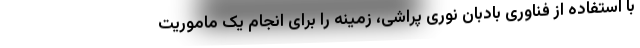
با استفاده از فناوری بادبان نوری پراشی، زمینه را برای انجام یک ماموریت